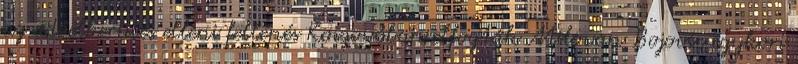
az adóelkerülés elleni fellépés Koszovóban elfogták Milovan Bojovic egykori